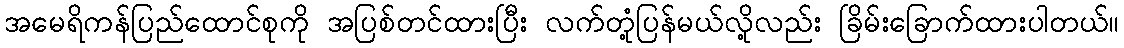
အမေရိကန်ပြည်ထောင်စုကို အပြစ်တင်ထားပြီး လက်တုံ့ပြန်မယ်လို့လည်း ခြိမ်းခြောက်ထားပါတယ်။